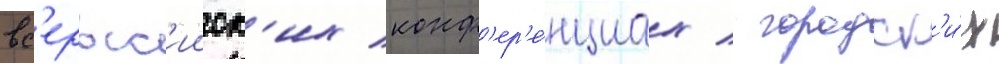
вс'еросс'ииск'их конф'ер'е́нциах / городск'и́х